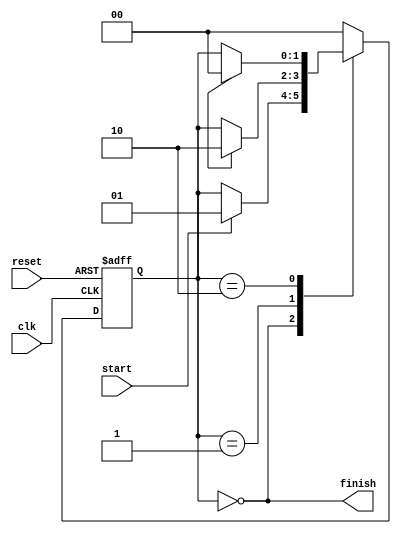
module state_machine(
    input wire clk,
    input wire reset,
    input wire start,
    output wire finish
    );

// States
parameter STATE_IDLE = 2'b00;
parameter STATE_A = 2'b01;
parameter STATE_B = 2'b10;

// Inputs and Outputs
reg [1:0] current_state, next_state;

// State register
always @(posedge clk or negedge reset) begin
    if (reset == 1'b0) begin
        current_state <= STATE_IDLE;
    end else begin
        current_state <= next_state;
    end
end

// State logic
always @(*) begin
    case(current_state)
        STATE_IDLE: begin
            if(start == 1'b1) begin
                next_state = STATE_A;
            end else begin
                next_state = current_state;
            end
        end
        STATE_A: begin
            // State logic for STATE_A
            if(some_condition) begin
                next_state = STATE_B;
            end else begin
                next_state = current_state;
            end
        end
        STATE_B: begin
            // State logic for STATE_B
            if(some_condition) begin
                next_state = STATE_IDLE;
            end else begin
                next_state = current_state;
            end
        end
        default: next_state = STATE_IDLE;
    endcase
end

// Output logic
assign finish = (current_state == STATE_IDLE);

endmodule